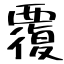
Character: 覆